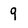
Character: 9